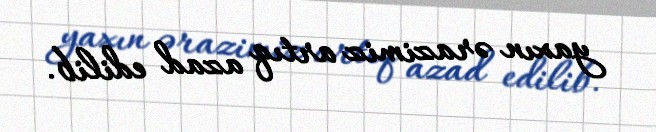
yaxın ərazimiz artıq azad edilib.